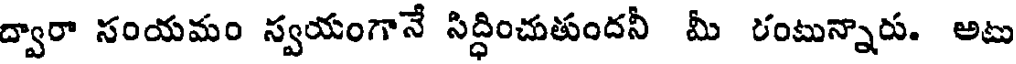
ద్వారా సంయమం స్వయంగానే సిద్ధించుతుందనీ మీ రంటున్నారు. అటు